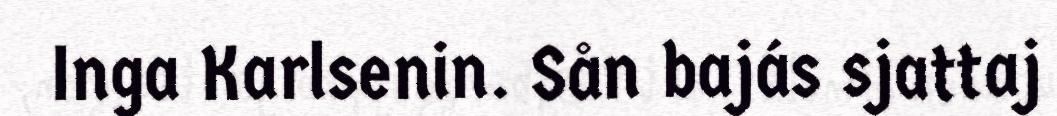
Inga Karlsenin. Sån bajás sjattaj